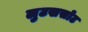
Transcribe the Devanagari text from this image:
लुटखसोट